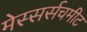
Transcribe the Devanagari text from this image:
मेस्सर्सचमीट